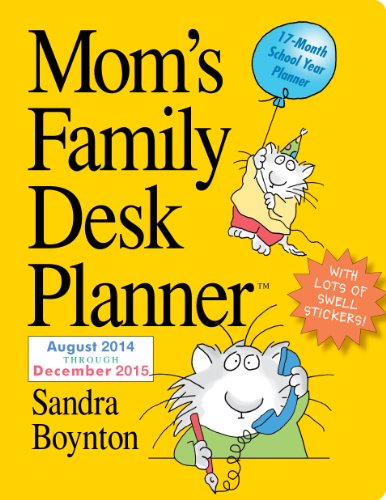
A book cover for Mom's Family 2015 Desk Planner; Sandra Boynton; Calendars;